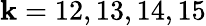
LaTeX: \mathbf{k}=12,13,14,15